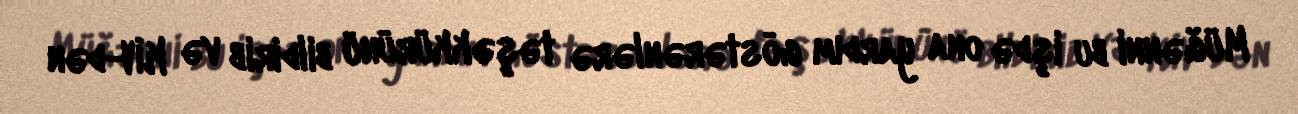
Müğənni bu işdə ona yardım göstərənlərə təşəkkürünü bildirib və KİV-dən